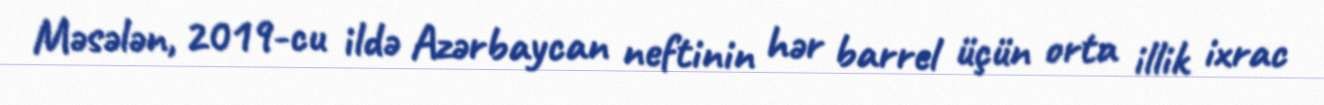
Məsələn, 2019-cu ildə Azərbaycan neftinin hər barrel üçün orta illik ixrac